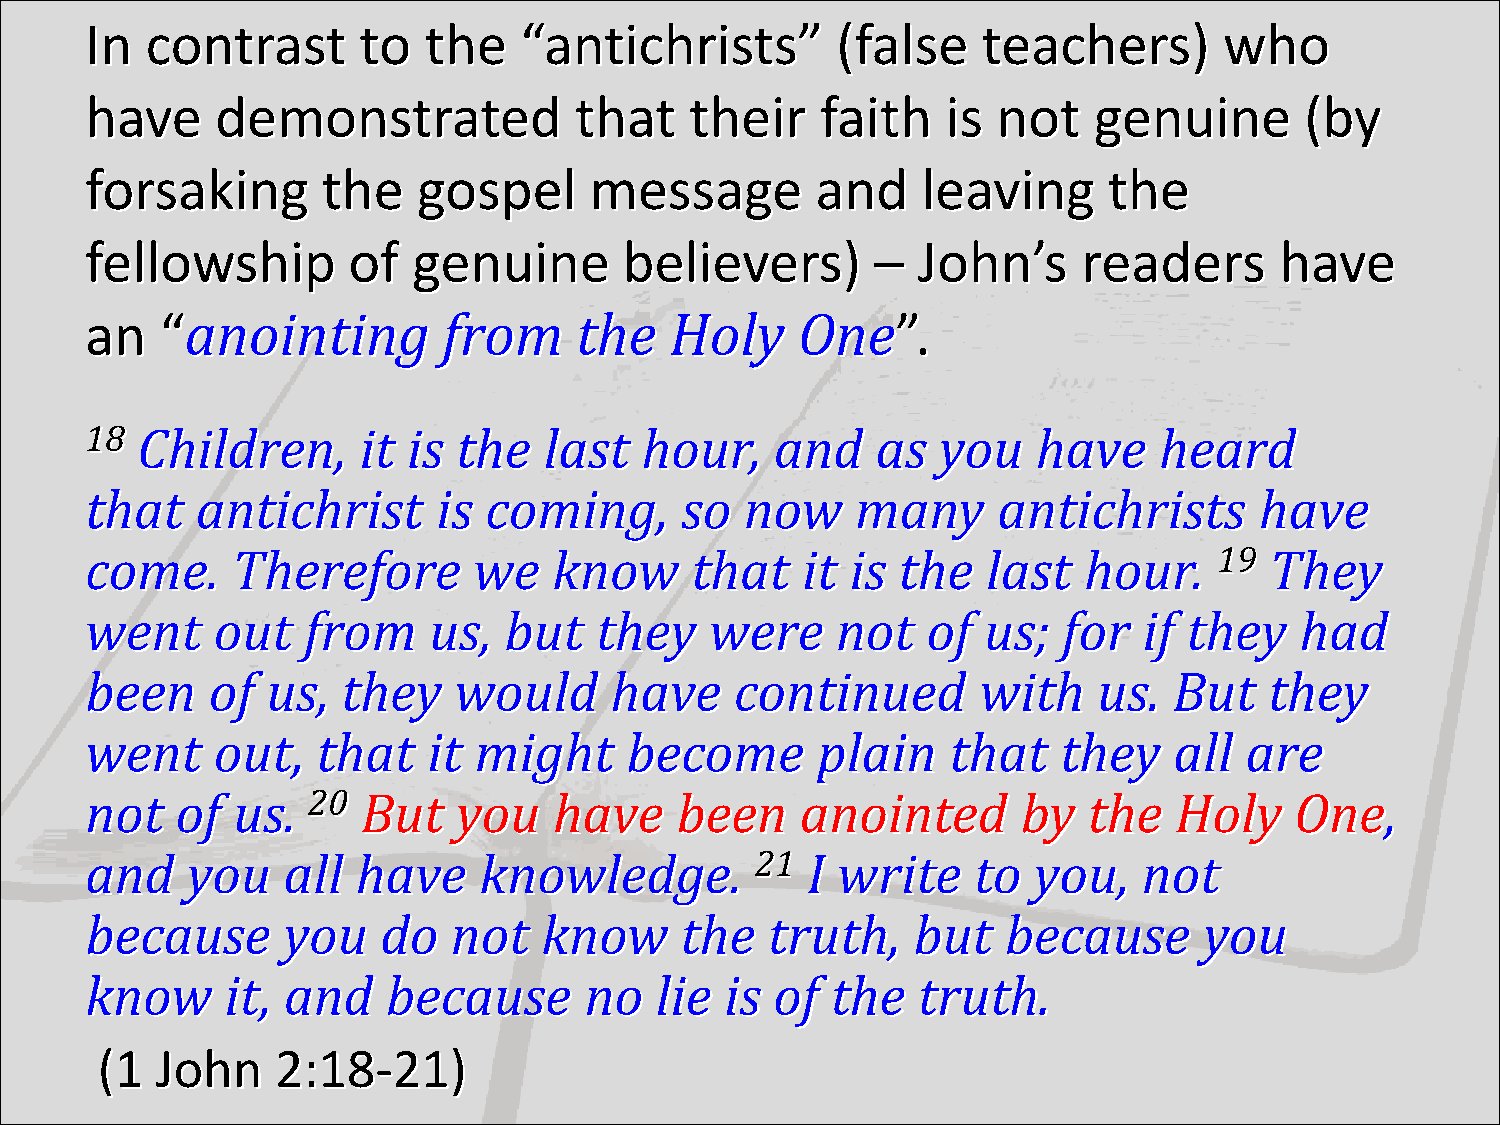
In  contrast      to  the   “antichrists”        (false    teachers)       who
 have    demonstrated            that    their   faith    is not   genuine       (by
 forsaking      the    gospel     message        and    leaving     the
 fellowship       of  genuine       believers)       –  John’s     readers      have
 an   “anointing        from     the   Holy     One”.
 18 Children,      it is the   last  hour,    and    as  you    have    heard
 that   antichrist      is coming,      so  now     many     antichrists      have
 come.    Therefore       we    know     that   it is the   last   hour.    19 They
 went    out   from    us,  but   they    were    not   of  us;  for   if they   had
 been    of  us,  they   would     have     continued       with    us.  But   they
 went    out,   that   it might     become       plain    that   they    all are
 not   of us.  20  But   you    have    been    anointed       by  the   Holy    One,
 and   you    all  have    knowledge.        21 I write    to  you,    not
 because      you   do   not   know     the   truth,   but    because      you
 know     it, and    because      no  lie  is of  the   truth.
 (1  John    2:18-21)